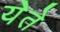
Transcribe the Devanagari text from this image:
येेते